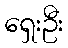
ရှေးဦး